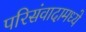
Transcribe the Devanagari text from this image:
परिसंवादामध्ये